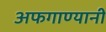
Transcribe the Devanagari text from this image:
अफगाण्यानी